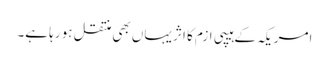
امریکہ کے ہیپی ازم کا اثر یہاں بھی منتقل ہو رہا ہے۔